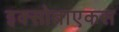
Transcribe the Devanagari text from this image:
इक्सोब्राएकस